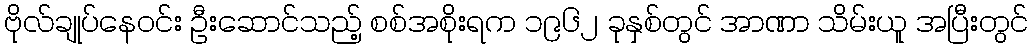
ဗိုလ်ချုပ်နေဝင်း ဦးဆောင်သည့် စစ်အစိုးရက ၁၉၆၂ ခုနှစ်တွင် အာဏာ သိမ်းယူ အပြီးတွင်